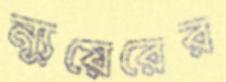
ন্যুয়েরের